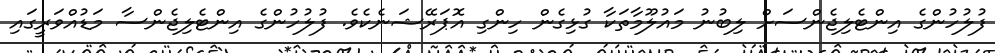
ފުލުހުންގެ އިންޓެލިޖެންސަށް ލިބުނު މައުލޫމާތަކާ ގުޅިގެން ހިންގި އޮޕަރޭޝަނެކެވެ. ފުލުހުންގެ އިންޓެލިޖެންސާ މަޑުއްވަރީގައި